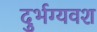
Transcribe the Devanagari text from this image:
दुर्भग्यवश